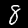
Label: 8